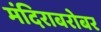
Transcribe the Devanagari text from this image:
मंदिराबरोबर